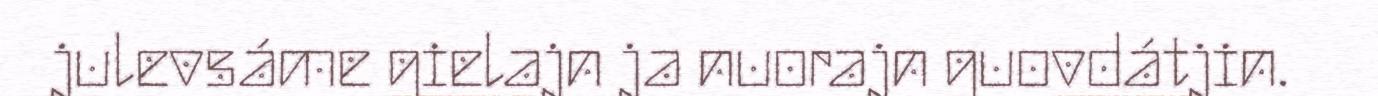
julevsáme gielajn ja nuorajn guovdátjin.